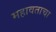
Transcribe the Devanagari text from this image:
महावताचा